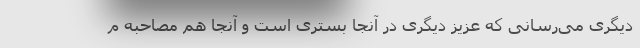
دیگری می‌رسانی که عزیز دیگری در آنجا بستری است و آنجا هم مصاحبه م